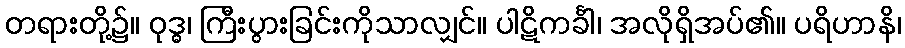
တရားတို့၌။ ဝုဒ္ဓ၊ ကြီးပွားခြင်းကိုသာလျှင်။ ပါဋိကင်္ခါ၊ အလိုရှိအပ်၏။ ပရိဟာနိ၊